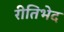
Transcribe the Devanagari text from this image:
रीतिभेद